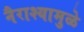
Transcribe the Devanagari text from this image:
नैराश्यामुळे